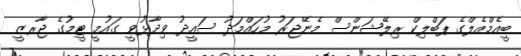
ބީއެމްއެލްގެ ޕަބްލިކް ރިލޭޝަންސް މެނޭޖަރު މުހައްމަދު ސައީދު ވިދާޅުވީ ގައުމީ ޓީމުގެ ޖާރޒީ